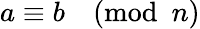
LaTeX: a\equiv b{\pmod{n}}